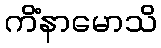
ကိံနာမောသိ